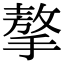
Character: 摮